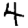
Digit: 4